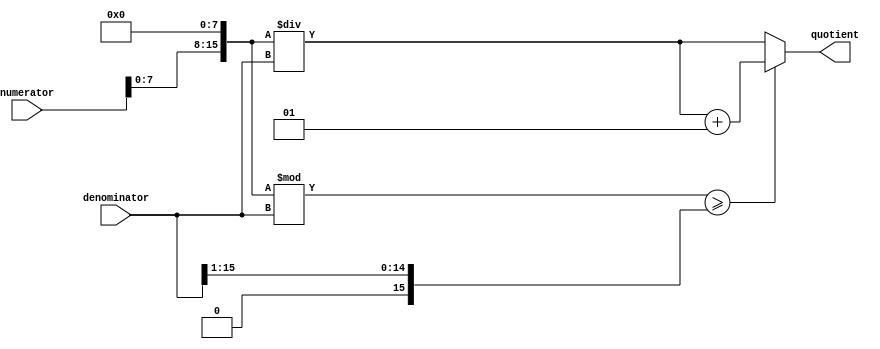
module fixed_point_divider (
    input signed [15:0] numerator,
    input signed [15:0] denominator,
    output reg signed [15:0] quotient
);

reg signed [15:0] remainder;
reg signed [15:0] numerator_extended;
reg signed [15:0] quotient_shifted;
reg signed [15:0] result_temp;

initial begin
    numerator_extended = numerator << 8; // Sign extension
    quotient = numerator_extended / denominator; // Perform division
    remainder = numerator_extended % denominator; // Get remainder

    if (remainder >= (denominator >> 1)) begin // Rounding
        quotient = quotient + 1;
    end
end

endmodule